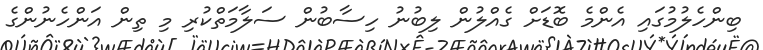
ބިންހެލުމުގައި އެންމެ ބޮޑަށް ގެއްްލުން ލިބުނު ހިސާބުން ސަލާމަތްކުރި މި ތިން އަންހެނުންގެ